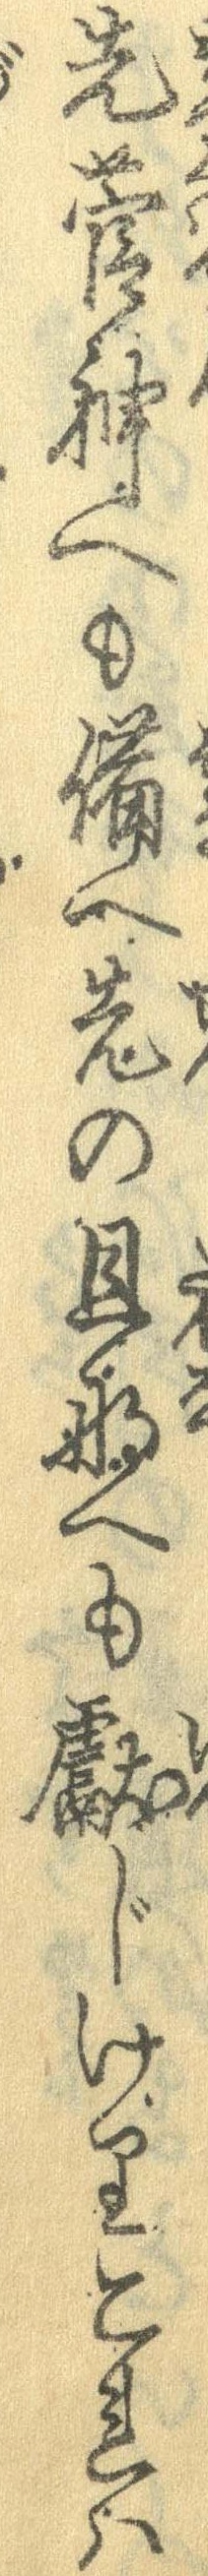
先菅神へも備へ先の旦那へも献じけりこれは